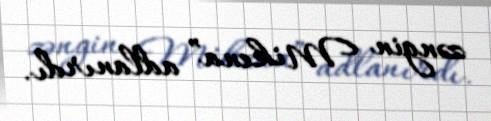
zəngin Mikena” adlanırdı.